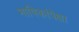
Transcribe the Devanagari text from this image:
भाषिकांपेक्षा